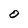
Character: O